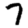
Digit: 7